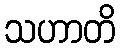
သဟာတိ